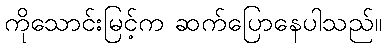
ကိုသောင်းမြင့်က ဆက်ပြောနေပါသည်။